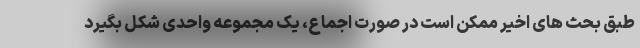
طبق بحث های اخیر ممکن است در صورت اجماع، یک مجموعه واحدی شکل بگیرد